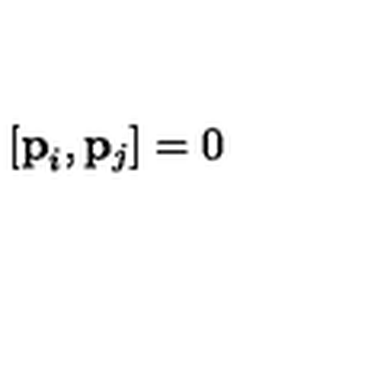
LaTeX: [ { \bf { p } } _ { i } , { \bf { p } } _ { j } ] = 0